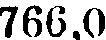
766,0